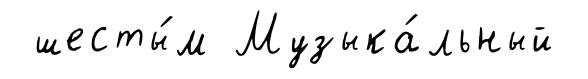
шесты́м Музыка́льный